65_HS1-834228961_62-HQ-83894_Section_7
Agency: FBI
Page 149
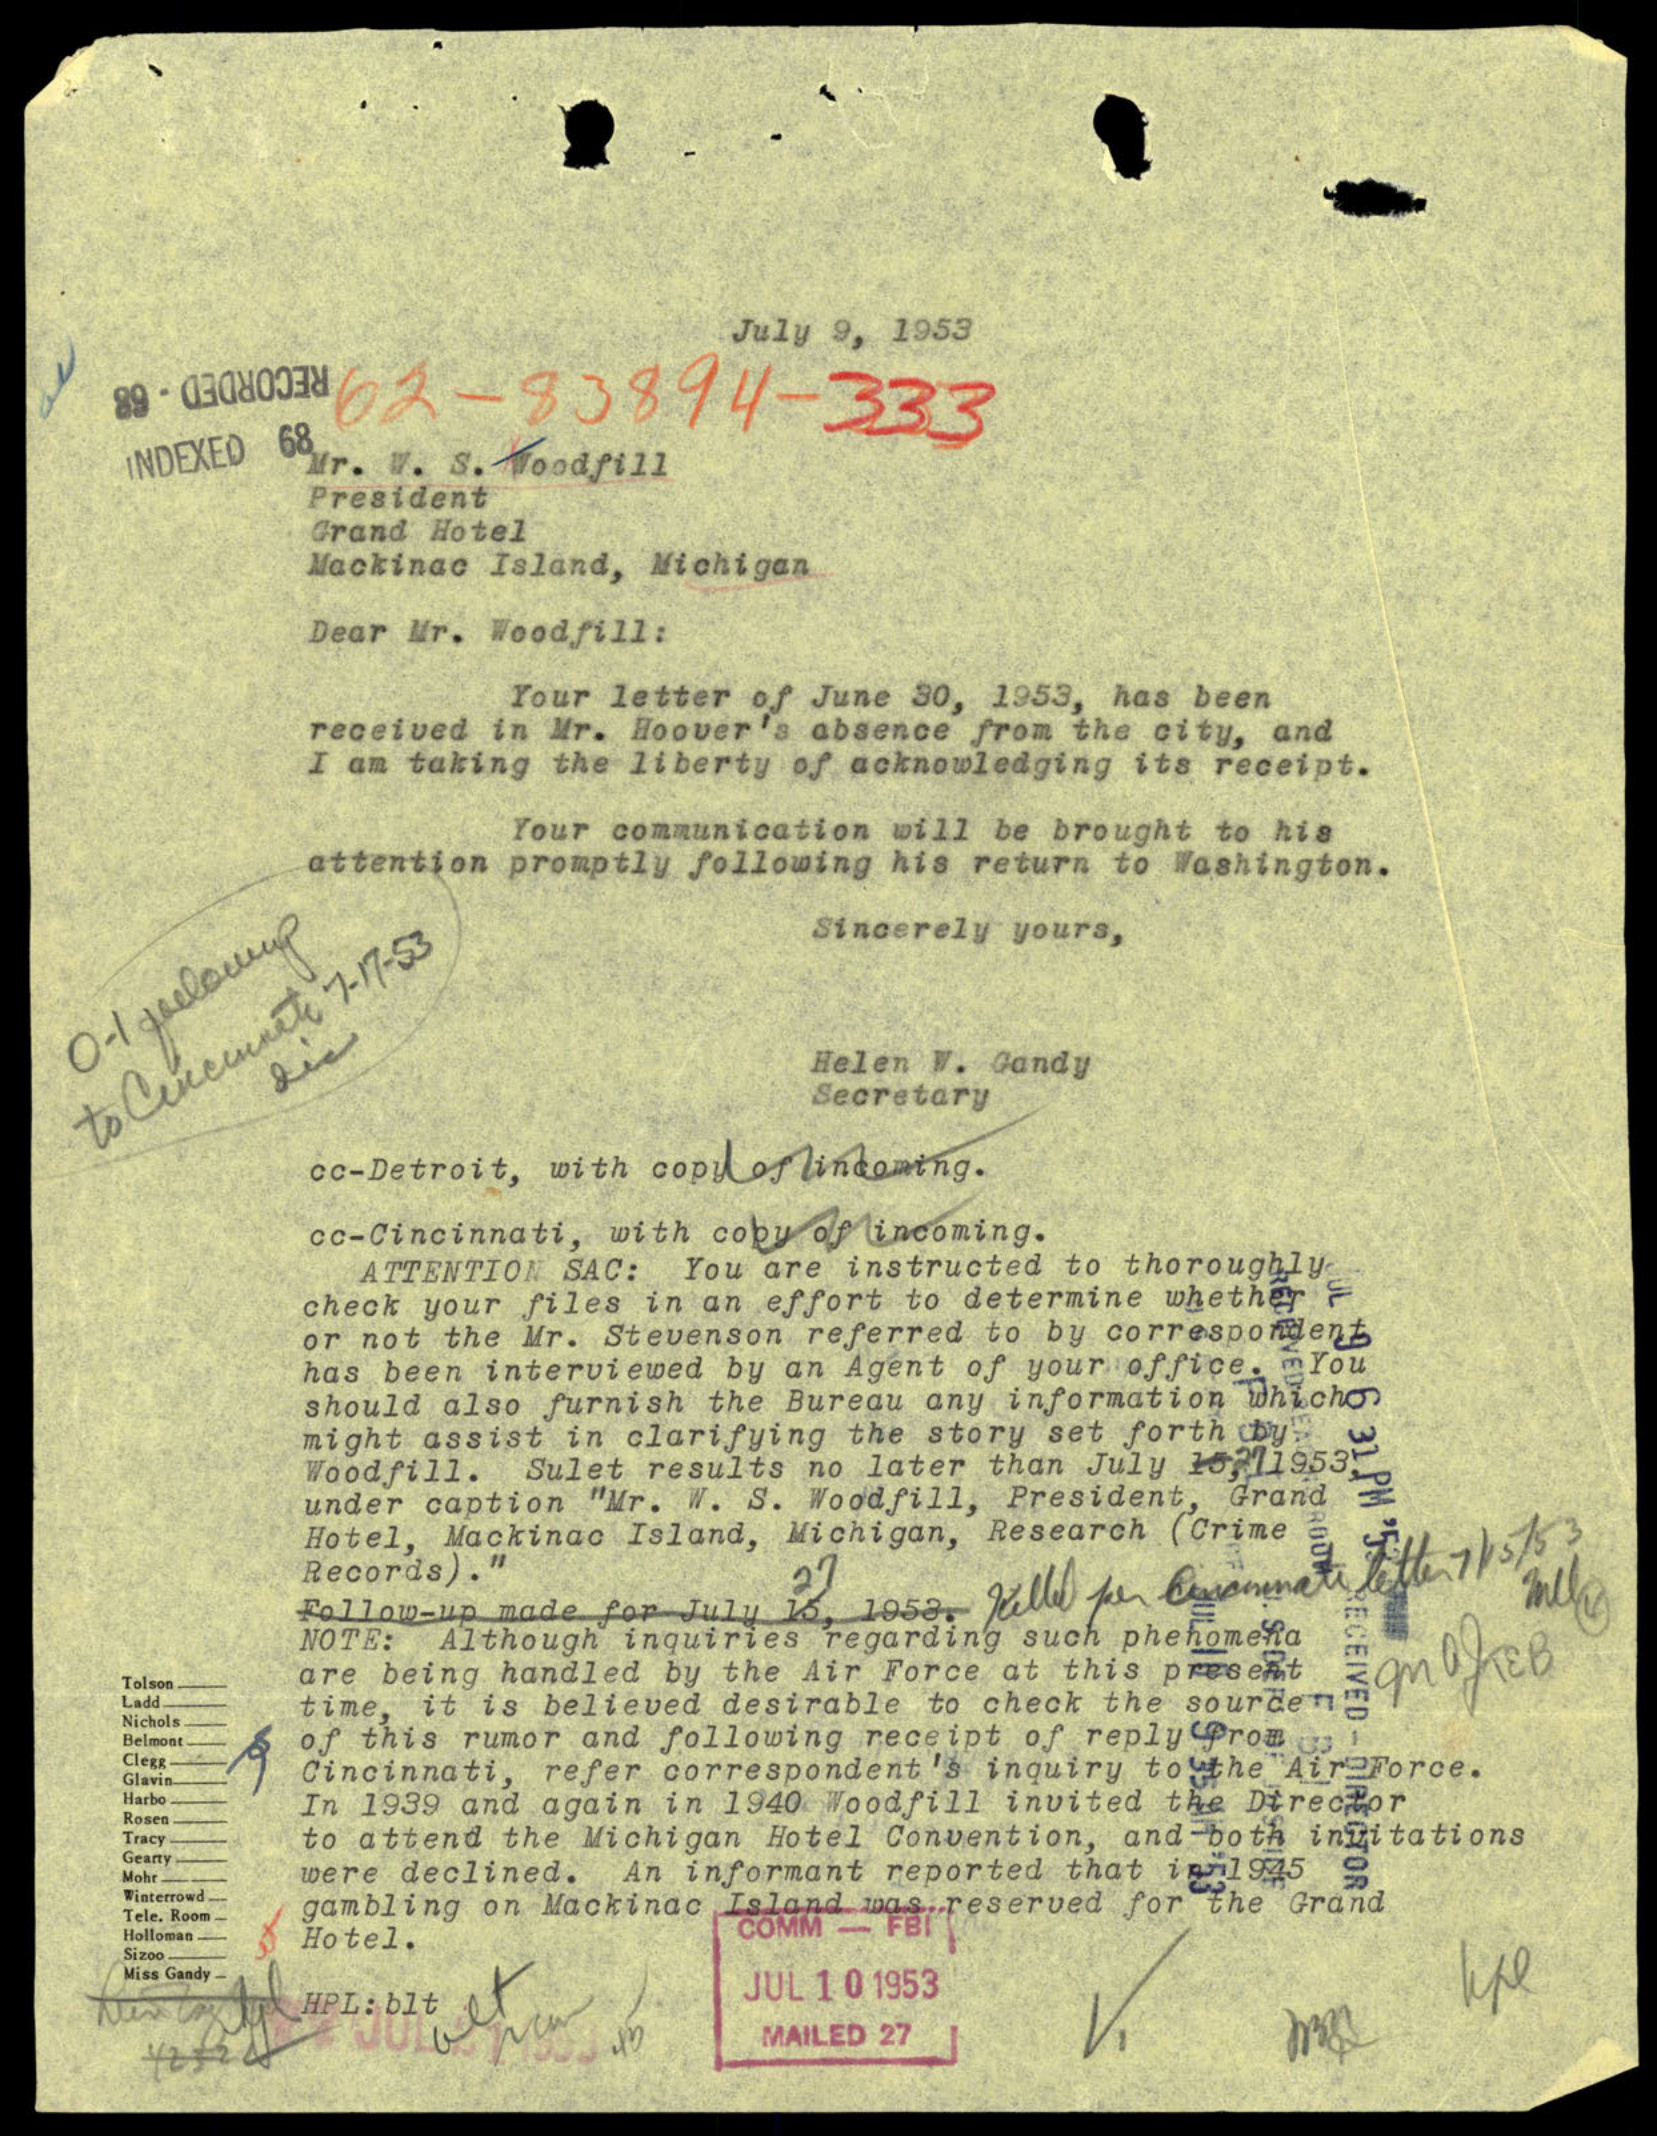